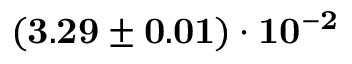
\mathbf { ( 3 . 2 9 \pm 0 . 0 1 ) \cdot 1 0 ^ { - 2 } }